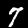
Label: 7